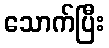
သောက်ပြီး